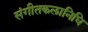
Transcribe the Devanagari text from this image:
संगीतकलानिधि